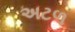
અટળ